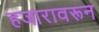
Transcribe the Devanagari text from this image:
हजारावरून